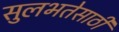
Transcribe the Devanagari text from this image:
सुलभतेसाठी